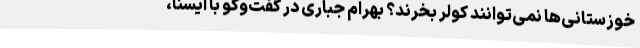
خوزستانی‌ها نمی‌توانند کولر بخرند؟ بهرام جباری در گفت‌وگو با ایسنا،